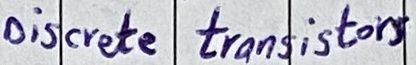
Text: Discrete transistors